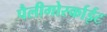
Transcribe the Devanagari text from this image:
पैलीगोर्स्काईट